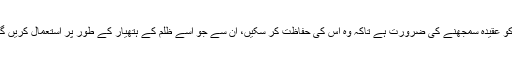
ان کو عقیدہ سمجھنے کی ضرورت ہے تاکہ وہ اس کی حفاظت کر سکیں، ان سے جو اسے ظلم کے ہتھیار کے طور پر استعمال کریں گے۔